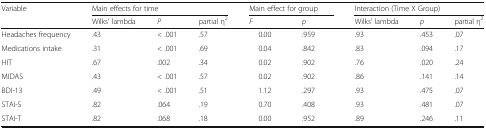
<table><thead><tr><td rowspan="2"><b>Variable</b></td><td colspan="3"><b>Main effects for time</b></td><td colspan="2"><b>Main effect for group</b></td><td colspan="3"><b>Interaction (Time X Group)</b></td></tr><tr><td><b>Wilks’ lambda</b></td><td><b><i>P</i></b></td><td><b>partial η<sup>2</sup></b></td><td><b><i>F</i></b></td><td><b><i>p</i></b></td><td><b>Wilks&#x27; lambda</b></td><td><b><i>p</i></b></td><td><b>partial η<sup>2</sup></b></td></tr></thead><tbody><tr><td>Headaches frequency</td><td>.43</td><td>&lt; .001</td><td>.57</td><td>0.00</td><td>.959</td><td>.93</td><td>.453</td><td>.07</td></tr><tr><td>Medications intake</td><td>.31</td><td>&lt; .001</td><td>.69</td><td>0.04</td><td>.842</td><td>.83</td><td>.094</td><td>.17</td></tr><tr><td>HIT</td><td>.67</td><td>.002</td><td>.34</td><td>0.02</td><td>.902</td><td>.76</td><td>.020</td><td>.24</td></tr><tr><td>MIDAS</td><td>.43</td><td>&lt; .001</td><td>.57</td><td>0.02</td><td>.902</td><td>.86</td><td>.141</td><td>.14</td></tr><tr><td>BDI-13</td><td>.49</td><td>&lt; .001</td><td>.51</td><td>1.12</td><td>.297</td><td>.93</td><td>.475</td><td>.07</td></tr><tr><td>STAI-S</td><td>.82</td><td>.064</td><td>.19</td><td>0.70</td><td>.408</td><td>.93</td><td>.481</td><td>.07</td></tr><tr><td>STAI-T</td><td>.82</td><td>.068</td><td>.18</td><td>0.00</td><td>.952</td><td>.89</td><td>.246</td><td>.11</td></tr></tbody></table>